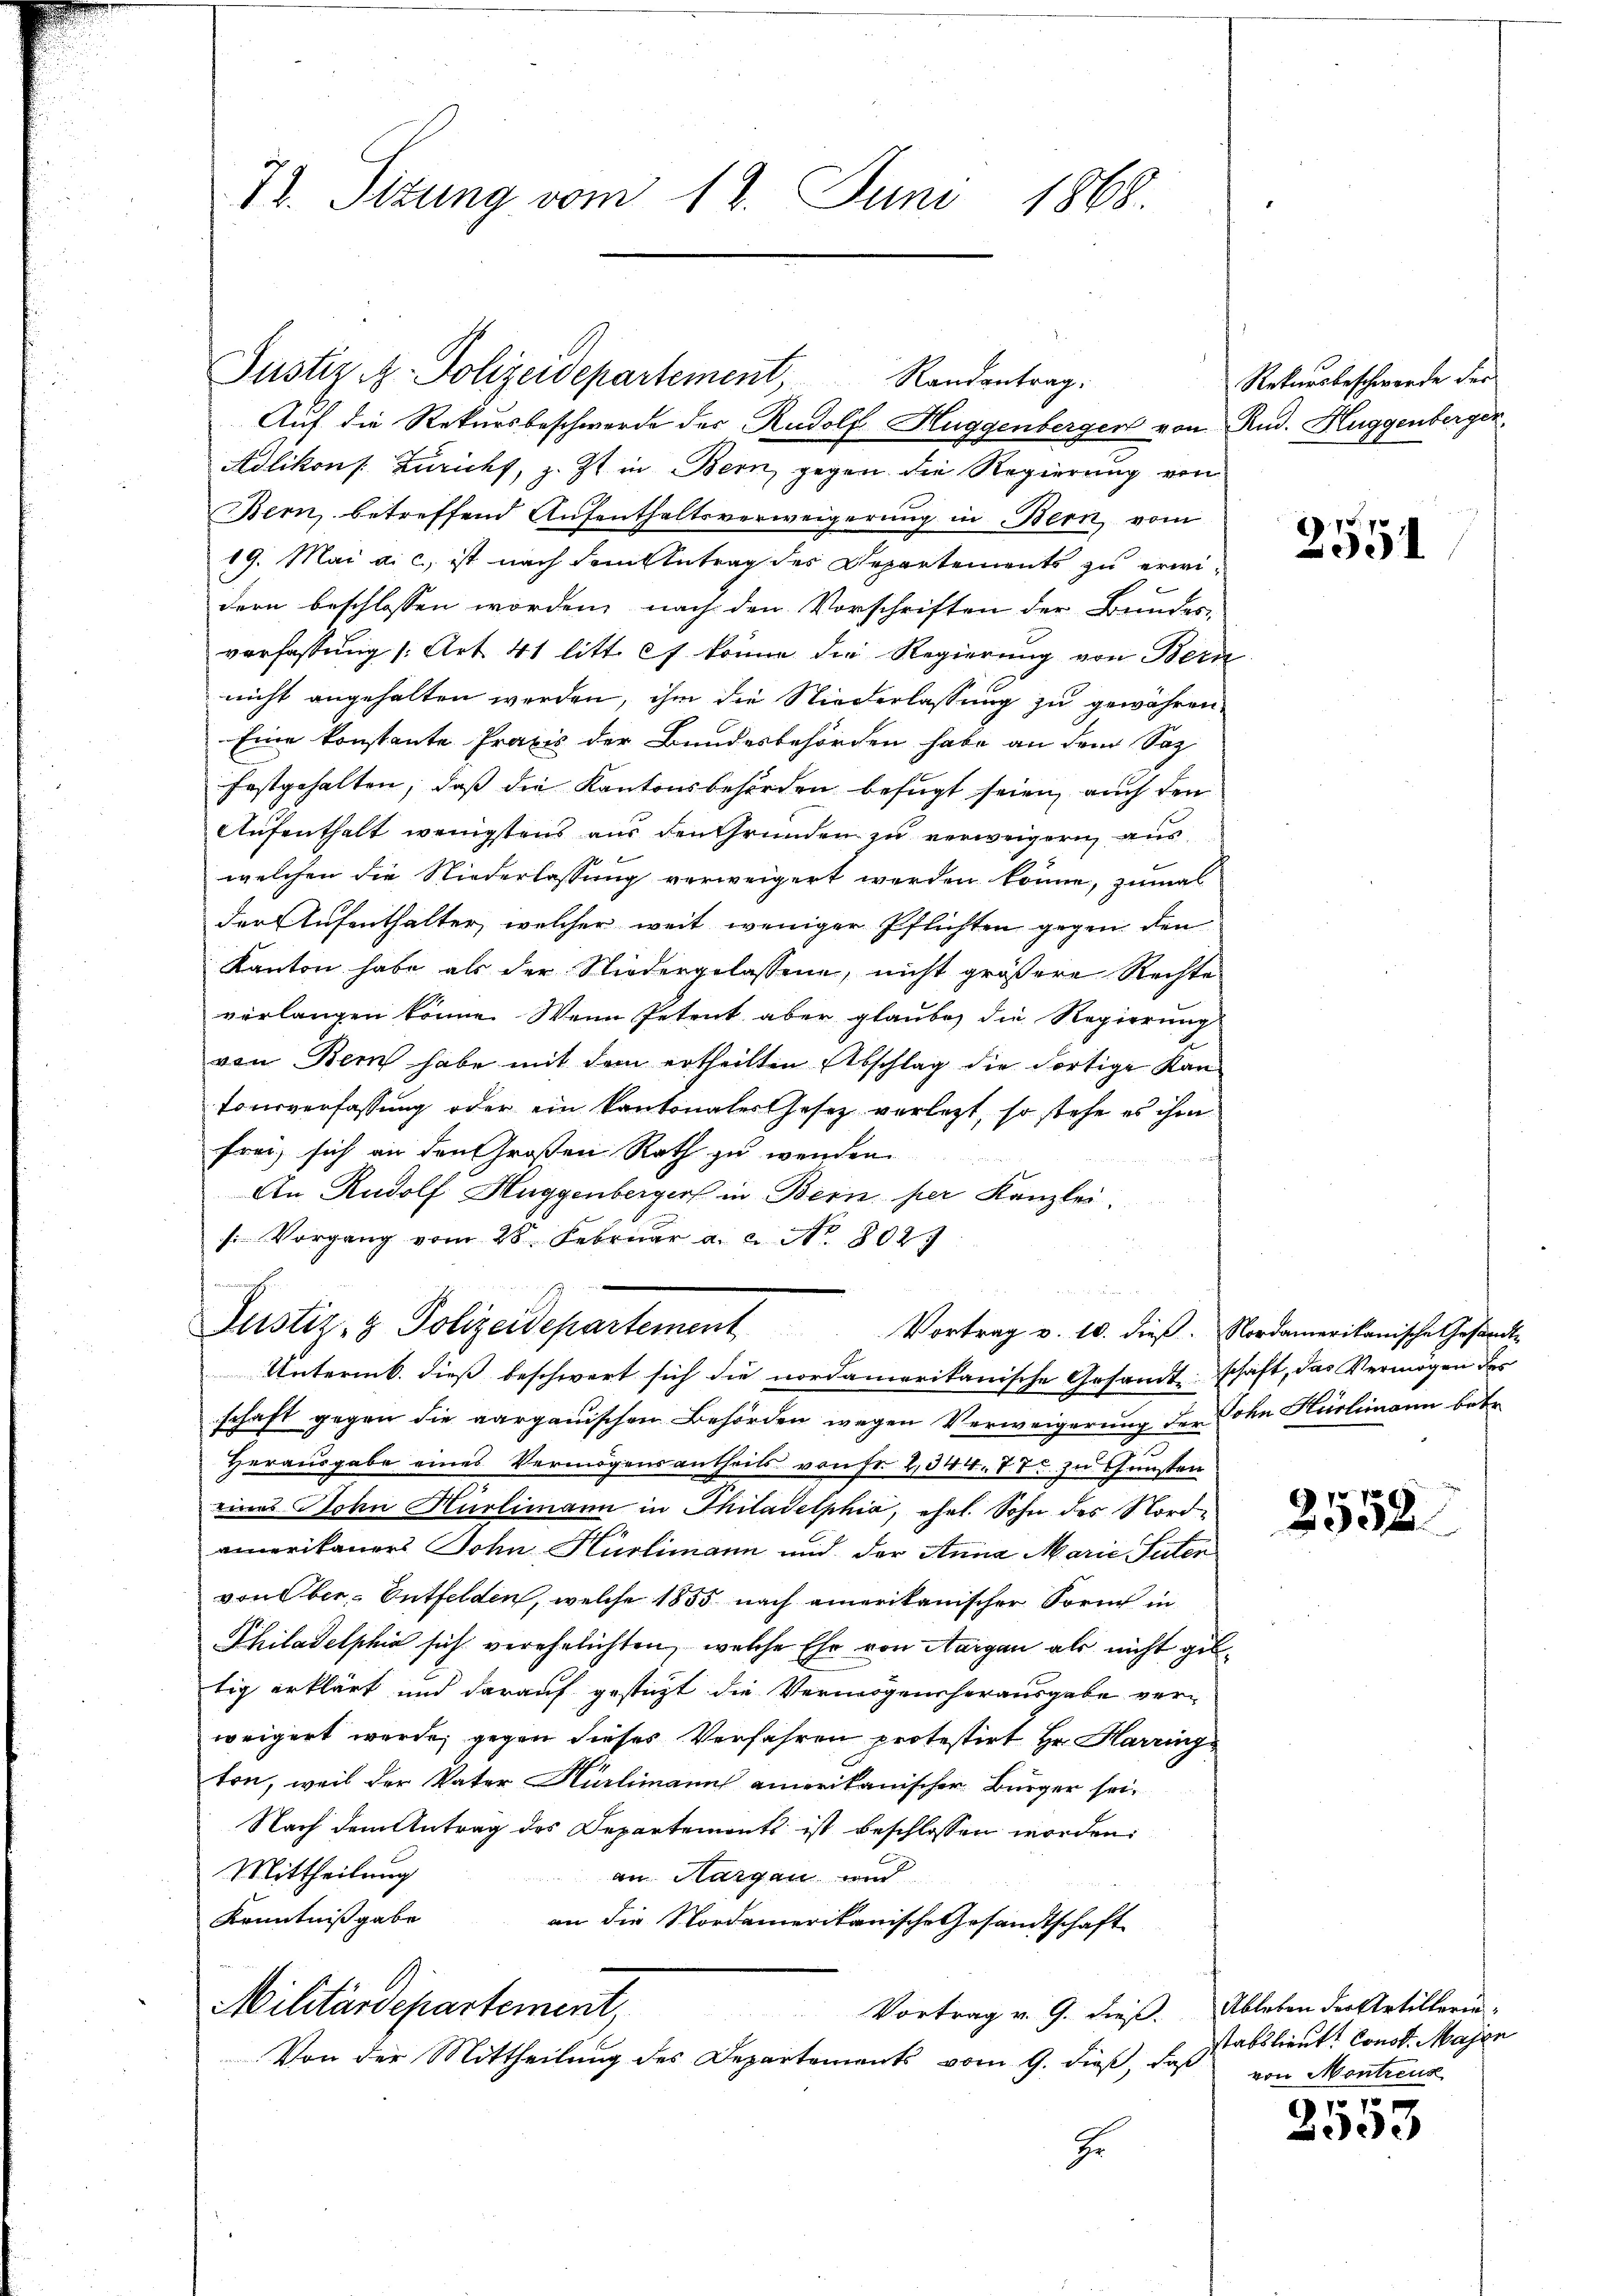
72. Situng vom 12. Juni 1868.

Justiz - Polizeidepartement, Randantrag.
Auf die Rekursbeschwerde der Rudolf Huggenbergen von Rud. Huggenbergen,
Adlikon s. Zuricht, z. Zt. in Bern, gegen die Regierung von
Bern, betreffend Aufenthaltsverweigerung in Bern, vom
19. Mai a. c., ist nach dem Antrag des Departements zu erwidern beschlossen worden, nach den Vorschriften der Bundes-
verfassung /: Art. 41 litt. f könne die Regierung von Bern
nicht angehalten werden, ihm die Niederlassung zu gewähren.
Eine konstante Praxis der Bundesbehörden habe an dem Sac
festgehalten, daß die Kantonsbehörden befugt seien, auch den
Aufenthalt wenigstens aus den Grunden zu verweigern aus
welchen die Niederlassung verweigert werden könne, zumal
der Aufenthalter, welcher weit weniger Pflichten gegen den
Kanton habe als der Niedergelassene, nicht größere Rechte
verlangen könne. Wenn Petent aber glaube, die Regierung
von Bern habe mit dem ertheilten Abschlag die dortige Kan¬
Tonsverfassung oder ein kantonaler Gesetz verletzt, so stehe es ihm
frei, sich an den Großen Rath zu wenden.
An Rudolf Huggenberger in Bern per Kanzlei
s. Vorgang vom 28. Februar a. c. No. 802.
e
n

Justiz- & Polizeidepartement Vortrag v. 10. dieβ. Nordamerikanische Gesandt-

Untermb. dieß beschwert sich die nordamerikanische Gesandtschaft, das Vermögen des
schaft gegen die aargauischen Behörden wegen Verweigerung der Sohn Hürlimann betr.
Herausgabe eines Vermögensantheils von Fr. 2344. 77. zu Gunsten
eines Sohn Hürlimann in Thiladelphia, ehel. Sohn des Nordmerikaners Sohn Hürlimann und der Anna Marie Peter
von Ober-Entfelden, welche 1855 nach amerikanischer Form in
Philadelphia sich verehelichten, welche Ehr von Aargau als nicht giltig erklärt und darauf gestüzt die Vermögensherausgabe verweigert wurde, gegen dieses Verfahren protestirt Hr. Harring
ton, weil der Vater Hürlimann amerikanischer Bürger sei¬
Nach dem Antrag des Departements ist beschlossen worden:
Mittheilung
an Margau wird
Kenntnißgabe
an die Nordamerikanische Gesandtschaft
Militärdepartement,
Vortrag v. 9. dieß. Ableben der Artillerin¬
Von der Mittheilung des Departements vom 9. dieß, daß von Montreux
Er

Rekursbeschwerde der

255

2558

stattlieut. Const. Majen

f 18 x
2330